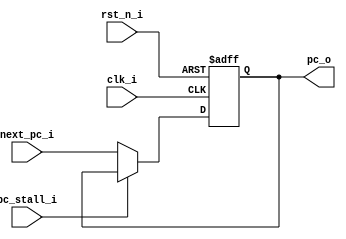
module pc(
    input   clk_i,
    input   rst_n_i,
    input   pc_stall_i, 
    input   [63:0] next_pc_i,
    output  [63:0] pc_o 
);
    reg [63:0] pc;
    wire [63:0] next_pc;
    assign next_pc = pc_stall_i ? pc_o : next_pc_i;

    always@(posedge clk_i,negedge rst_n_i)begin
        if(~rst_n_i)
            pc <= 64'b0;
        else
            pc <= next_pc;
    end

    assign pc_o = pc;
endmodule